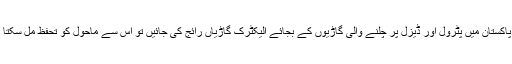
اگر پاکستان میں پٹرول اور ڈیزل پر چلنے والی گاڑیوں کے بجائے الیکٹرک گاڑیاں رائج کی جائیں تو اس سے ماحول کو تحفظ مل سکتا ہے۔